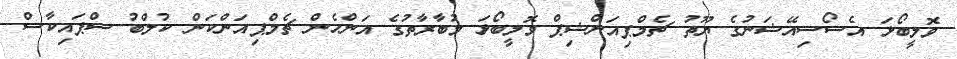
ވޮލީބޯޅަ އެސޯސިއޭޝަނުގެ ޔޫތު ޗެމްޕިއަންޝިޕް ވޮލީބޯޅަ މުބާރާތުގެ އަންހެން ޗެމްޕިއަންކަން ކުލްބު ސްޕައިކާސް